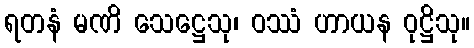
ရတနံ မဏိ သေဋ္ဌေသု၊ ဝဿံ ဟာယန ဝုဋ္ဌိသု။